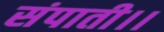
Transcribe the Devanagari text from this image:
संपाती।।